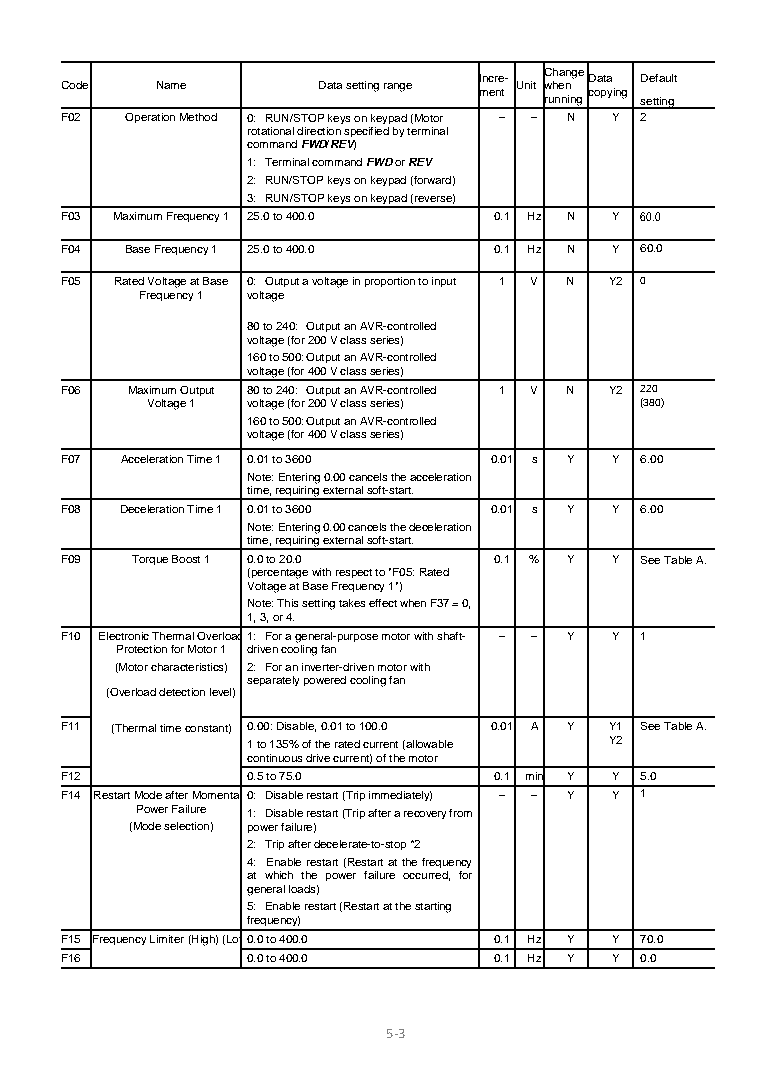
Change
 Incre- Data Default
 Code  Name       Data setting range Unit when
 ment   copying
 running setting
 F02 Operation Method 0: RUN/STOP keys on keypad (Motor – – N Y 2
 rotational direction specified by terminal
 command FWD/REV)
 1: Terminal command FWD or REV
 2: RUN/STOP keys on keypad (forward)
 3: RUN/STOP keys on keypad (reverse)
 F03 Maximum Frequency 1 25.0 to 400.0 0.1 Hz N Y 60.0
 F04 Base Frequency 1 25.0 to 400.0 0.1 Hz N Y 60.0
 F05 Rated Voltage at Base 0: Output a voltage in proportion to input 1 V N Y2 0
 Frequency 1 voltage
 80 to 240: Output an AVR-controlled
 voltage (for 200 V class series)
 160 to 500: Output an AVR-controlled
 voltage (for 400 V class series)
 F06 Maximum Output 80 to 240: Output an AVR-controlled 1 V N Y2 220
 Voltage 1 voltage (for 200 V class series) (380)
 160 to 500: Output an AVR-controlled
 voltage (for 400 V class series)
 F07 Acceleration Time 1 0.01 to 3600 0.01 s Y Y 6.00
 Note: Entering 0.00 cancels the acceleration
 time, requiring external soft-start.
 F08 Deceleration Time 1 0.01 to 3600 0.01 s Y Y 6.00
 Note: Entering 0.00 cancels the deceleration
 time, requiring external soft-start.
 F09  Torque Boost 1 0.0 to 20.0 0.1 % Y Y See Table A.
 (percentage with respect to "F05: Rated
 Voltage at Base Frequency 1")
 Note: This setting takes effect when F37 = 0,
 1, 3, or 4.
 F10 Electronic Thermal Overload 1: For a general-purpose motor with shaft- – – Y Y 1
 Protection for Motor 1 driven cooling fan
 (Motor characteristics) 2: For an inverter-driven motor with
 separately powered cooling fan
 (Overload detection level)
 F11 (Thermal time constant) 0.00: Disable, 0.01 to 100.0 0.01 A Y Y1 See Table A.
 1 to 135% of the rated current (allowable Y2
 continuous drive current) of the motor
 F12         0.5 to 75.0      0.1 min Y Y 5.0
 F14 Restart Mode after Momentar0 : Disable restart (Trip immediately) – – Y Y 1
 Power Failure 1: Disable restart (Trip after a recovery from
 (Mode selection) power failure)
 2: Trip after decelerate-to-stop *2
 4: Enable restart (Restart at the frequency
 at which the power failure occurred, for
 general loads)
 5: Enable restart (Restart at the starting
 frequency)
 F15 Frequency Limiter (High) (Low0 .0 to 400.0 0.1 Hz Y Y 70.0
 F16         0.0 to 400.0     0.1 Hz Y Y 0.0
 5-3